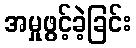
အမှုဖွင့်ခဲ့ခြင်း